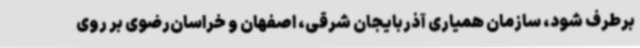
برطرف شود، سازمان همیاری آذربایجان شرقی، اصفهان و خراسان‌رضوی بر روی